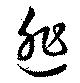
逃